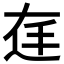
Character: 𱍓